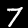
Digit: 7